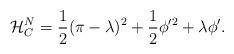
LaTeX: \begin{align*}{\cal{H}}^N_C=\frac{1}{2}(\pi-\lambda)^2+\frac{1}{2}\phi'^2+\lambda\phi'. \end{align*}